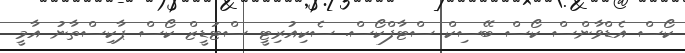
ކޯސް އެޑްވާންސް ކޯސް ބޭސިކް ސްޓާފްކޯސް. ސެކިއުރިޓީ ސްޓަޑީޒް ކޯސް ޕާކިސްތާނު އާމީ